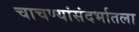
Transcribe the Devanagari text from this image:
चाचण्यांसंदर्भातला